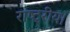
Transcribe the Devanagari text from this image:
राष्ट्रीय।